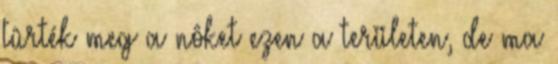
tûrték meg a nôket ezen a területen, de ma